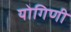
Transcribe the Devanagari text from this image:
योगिणी